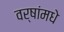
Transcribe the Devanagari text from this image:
वर्षांमधे